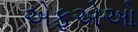
એફએઓ